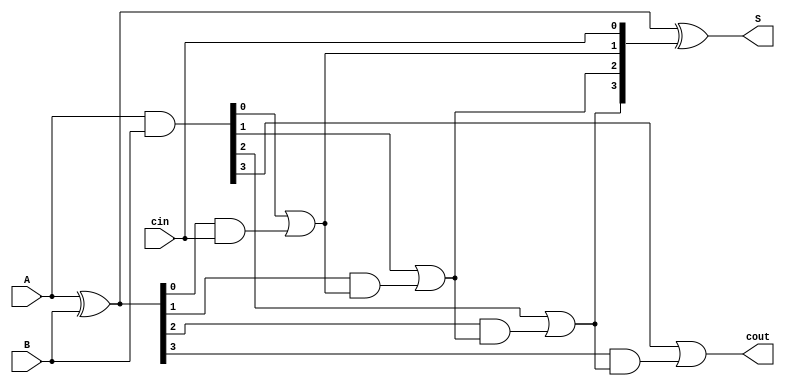
`timescale 1ns / 1ps


module CLA(
input [3:0] A,
input [3:0] B,
input cin,
output [3:0] S,
output cout
    );

wire [3:0] G,P,C;
assign C[0]=cin;
assign G=A&B;
assign P=A^B;

assign C[1] = G[0] |(P[0]&C[0]) ;
assign C[2] = G[1] |(P[1]&C[1]) ;
assign C[3] = G[2] |(P[2]&C[2]) ;
assign cout = G[3] |(P[3]&C[3]) ;

assign S = P^C;
endmodule